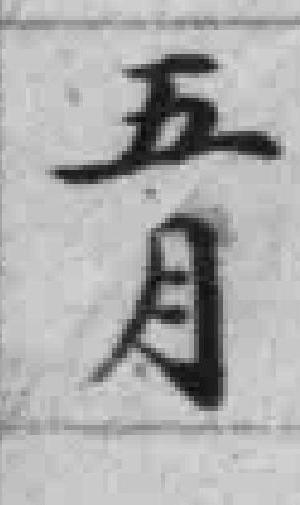
五月